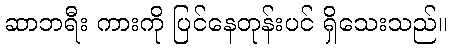
ဆာဘရီး ကားကို ပြင်နေတုန်းပင် ရှိသေးသည်။